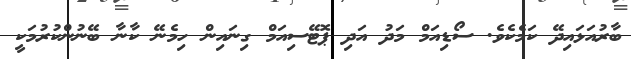
ބާރުއަޅައިދޭ ކަމެކެވެ. ސޯޑިއަމް މަދު އަދި ޕޮޓޭސިއަމް ގިނައިން ހިމެނޭ ކާނާ ބޭނުންކުރުމަކީ